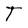
Character: T